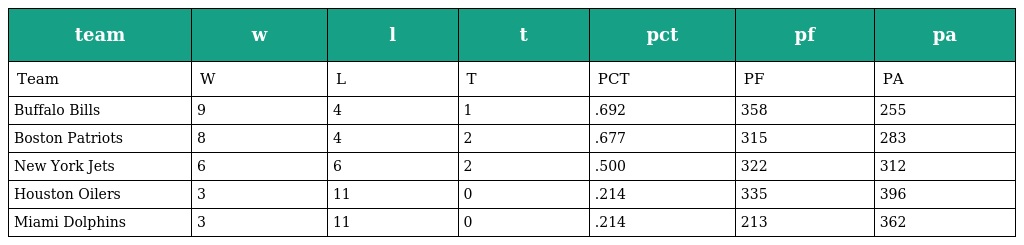
| team | w | l | t | pct | pf | pa |
 | --- | --- | --- | --- | --- | --- | --- |
 | Team | W | L | T | PCT | PF | PA |
 | Buffalo Bills | 9 | 4 | 1 | .692 | 358 | 255 |
 | Boston Patriots | 8 | 4 | 2 | .677 | 315 | 283 |
 | New York Jets | 6 | 6 | 2 | .500 | 322 | 312 |
 | Houston Oilers | 3 | 11 | 0 | .214 | 335 | 396 |
 | Miami Dolphins | 3 | 11 | 0 | .214 | 213 | 362 |